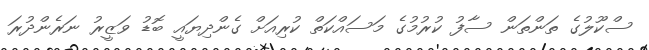
ސްކޫލުގެ ތަންތަން ސާފު ކުރުމުގެ މަސައްކަތް ކުރިއަށް ގެންދިޔައީ ބޮޑު ވަޒީރު ނަރެންދުރަ